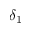
\delta _ { 1 }